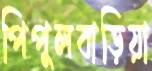
পিপুলবাড়িয়া